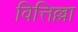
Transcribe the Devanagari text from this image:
वित्तिल्ला